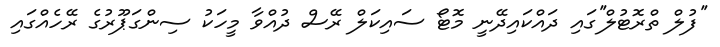
''ފުލް ތްރޮޓުލް''ގައި ދައްކައިދޭނީ މޮޓޯ ސައިކަލް ރޭސް ދުއްވާ މީހަކު ސިންގަޕޫރުގެ ރޭހެއްގައި